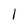
Character: l